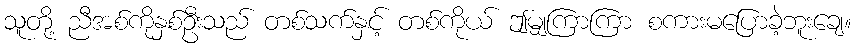
သူတို့ ညီအစ်ကိုနှစ်ဦးသည် တစ်သက်နှင့် တစ်ကိုယ် ဤမျှကြာကြာ စကားမပြောခဲ့ဘူးချေ။